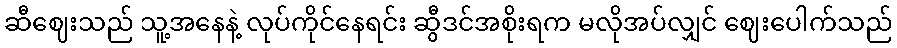
ဆီဈေးသည် သူ့အနေနဲ့ လုပ်ကိုင်နေရင်း ဆွီဒင်အစိုးရက မလိုအပ်လျှင် ဈေးပေါက်သည်